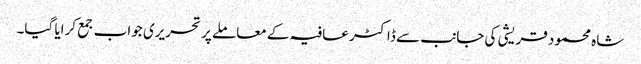
شاہ محمود قریشی کی جانب سے ڈاکٹر عافیہ کے معاملے پر تحریری جواب جمع کرایا گیا۔